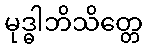
မုဒ္ဓါဘိသိတ္တေ